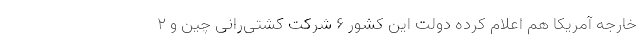
خارجه آمریکا هم اعلام کرده دولت این کشور ۶ شرکت کشتی‌رانی چین و ۲